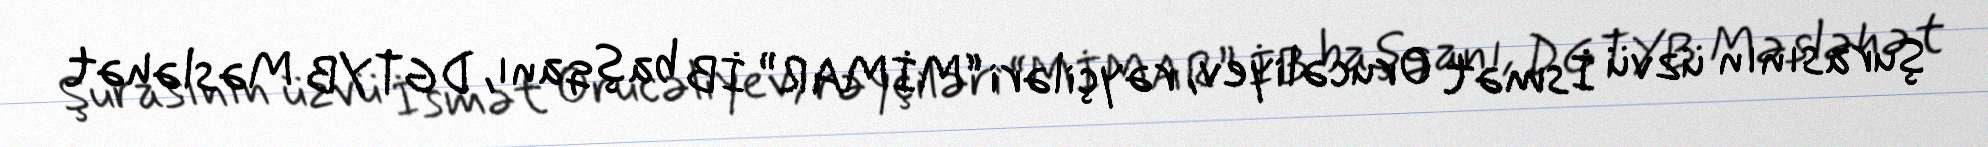
Şurasının üzvü İsmət Orucəliyev, rəyçiləri “MİMAR” İB başqanı, DGTYB Məsləhət